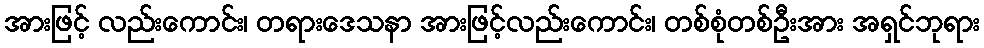
အားဖြင့် လည်းကောင်း၊ တရားဒေသနာ အားဖြင့်လည်းကောင်း၊ တစ်စုံတစ်ဦးအား အရှင်ဘုရား